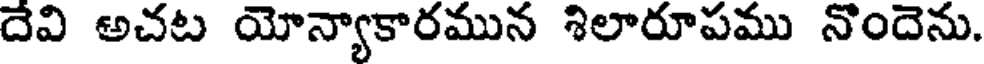
దేవి అచట యోన్యాకారమున శిలారూపము నొందెను.